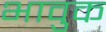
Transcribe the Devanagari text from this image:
भावुक